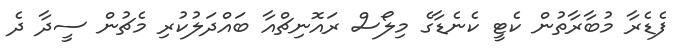
ފެޑެރާ މުބާރާތުން ކެޓީ ކެނެޑާގެ މިލޯސް ރައޮނިޗްއާ ބައްދަލުކުރި މެޗުން ސީދާ ދެ